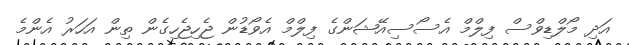
އަދި މޯލްޑިވްސް ފިލްމް އެސޯސިއޭޝަންގެ ފިލްމް އެވޯޑުން ޖެހިޖެހިގެން ތިން އަހަރު އެންމެ